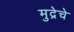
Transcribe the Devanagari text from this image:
मुद्रेचे